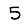
Digit: 5